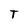
Character: T